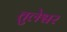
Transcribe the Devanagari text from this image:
तुलेश्वर